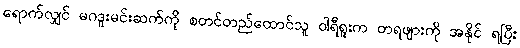
ရောက်လျှင် မဂဒူးမင်းဆက်ကို စတင်တည်ထောင်သူ ဝါရီရူးက တရဖျားကို အနိုင် ရပြီး